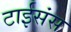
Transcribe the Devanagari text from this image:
टाईसंस